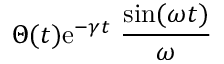
\Theta ( t ) \mathrm { e } ^ { - \gamma t } ~ { \frac { \sin ( \omega t ) } { \omega } }